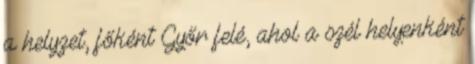
a helyzet, főként Győr felé, ahol a szél helyenként